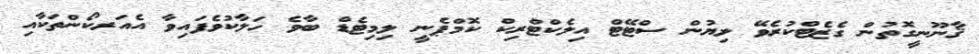
ޤާނޫނީގޮތުން ގެޒެޓްކުރެވޭ ލިޔުން ސްޓޭޓް އިލެކްޓްރިކް ކޮމްޕެނީ ލިމިޓެޑް ބާވެ ހަލާކުވެފައިވާ އެއަރކޯންތަކާއި